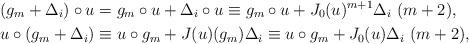
LaTeX: \begin{align*} &(g_m+\Delta_i) \circ u=g_m \circ u+\Delta_i \circ u \equiv g_m \circ u+J_0(u)^{m+1} \Delta_i~ (m+2), \\ & u \circ (g_m+\Delta_i) \equiv u \circ g_m + J(u)(g_m) \Delta_i \equiv u \circ g_m+ J_0(u) \Delta_i~ (m+2), \end{align*}